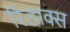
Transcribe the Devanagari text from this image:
रिडाक्स